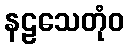
နဠသေတုံဝ